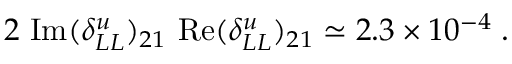
2 ~ \mathrm { I m } ( \delta _ { L L } ^ { u } ) _ { 2 1 } ~ \mathrm { R e } ( \delta _ { L L } ^ { u } ) _ { 2 1 } \simeq 2 . 3 \times 1 0 ^ { - 4 } \; .